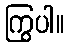
ကြွပါ။